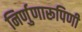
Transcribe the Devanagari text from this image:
निर्णुणारूपिणी